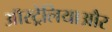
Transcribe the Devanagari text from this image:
ऑस्ट्रेलियाऔर